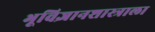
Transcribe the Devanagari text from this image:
भूविज्ञानशास्त्राला